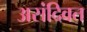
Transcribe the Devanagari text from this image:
असंदिवत